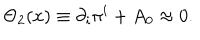
LaTeX: \Theta _ { 2 } ( x ) \equiv \partial _ { i } \pi ^ { i } + A _ { 0 } \approx 0 .